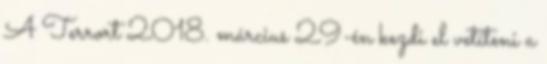
A Terrort 2018. március 29-én kezdi el vetíteni a